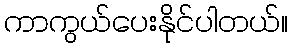
ကာကွယ်ပေးနိုင်ပါတယ်။